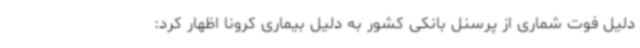
دلیل فوت شماری از پرسنل بانکی کشور به دلیل بیماری کرونا اظهار کرد: